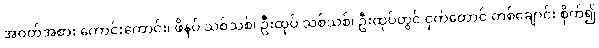
အဝတ်အစား ကောင်းကောင်း၊ ဖိနပ် သစ်သစ်၊ ဦးထုပ် သစ်သစ်၊ ဦးထုပ်တွင် ငှက်တောင် တစ်ချောင်း စိုက်၍